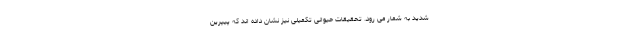
شدید به شمار می رود. تحقیقات حیوانی تکمیلی نیز نشان داده اند که پیپرین